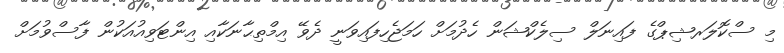
މި ސްކޮލަރޝިޕްގެ ފައިނަލް ސިލެކްޝަން ހެދުމަށް ހަމަޖެހިފައިވަނީ ދެވޭ އިމްތިޙާނަކާއި އިންޓަވިއުއަކުން ފާސްވުމަށް